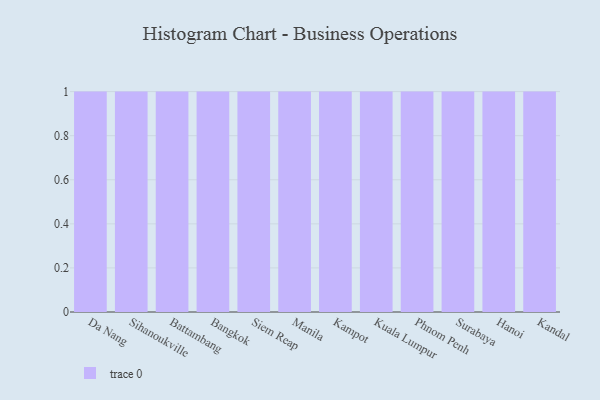
{"axis": {"x": "City", "y": "Website Visitors"}, "legend": [""], "data": [{"x": "Da Nang", "y": 88, "type": ""}, {"x": "Sihanoukville", "y": 44, "type": ""}, {"x": "Battambang", "y": 19, "type": ""}, {"x": "Bangkok", "y": 100, "type": ""}, {"x": "Siem Reap", "y": 89, "type": ""}, {"x": "Manila", "y": 98, "type": ""}, {"x": "Kampot", "y": 75, "type": ""}, {"x": "Kuala Lumpur", "y": 42, "type": ""}, {"x": "Phnom Penh", "y": 74, "type": ""}, {"x": "Surabaya", "y": 99, "type": ""}, {"x": "Hanoi", "y": 30, "type": ""}, {"x": "Kandal", "y": 10, "type": ""}]}